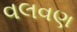
વલવણ